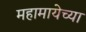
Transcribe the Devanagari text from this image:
महामायेच्या